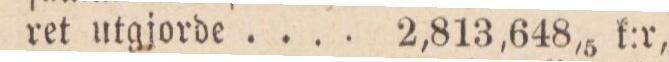
ret utgjorde . . . . 2,813,648,5 k:r,